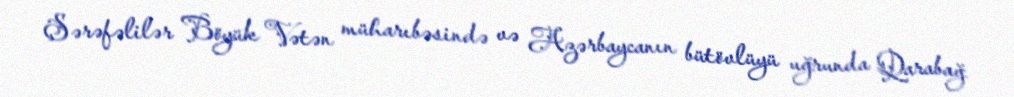
Şərəfəlilər Böyük Vətən müharıbəsində və Azərbaycanın bütövlüyü uğrunda Qarabağ